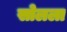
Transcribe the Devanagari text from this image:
सोलला